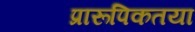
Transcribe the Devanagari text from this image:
प्रारूपिकतया